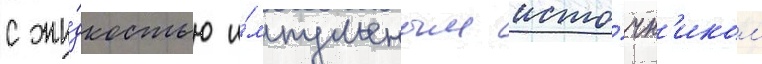
с жи́дкостью и́мпульсным исто́чн'иком